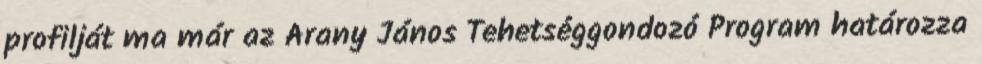
profilját ma már az Arany János Tehetséggondozó Program határozza